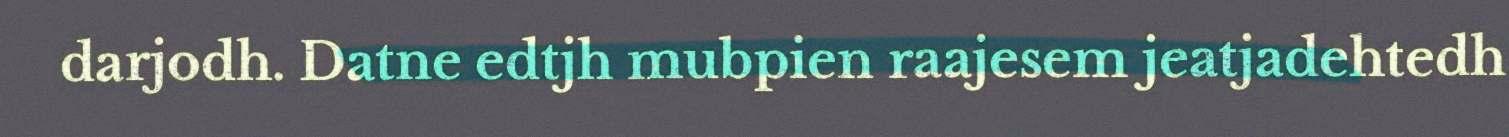
darjodh. Datne edtjh mubpien raajesem jeatjadehtedh